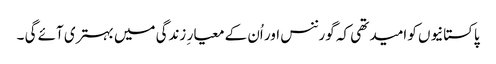
پاکستانیوں کو امید تھی کہ گورننس اور اُن کے معیار ِ زندگی میں بہتری آئے گی ۔